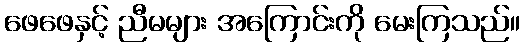
ဖေဖေနှင့် ညီမများ အကြောင်းကို မေးကြသည်။